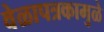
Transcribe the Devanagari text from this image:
वेळापत्रकामुळे